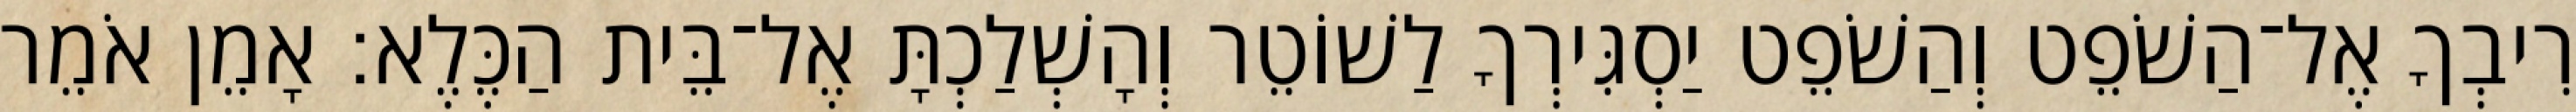
רִיבְךָ אֶל־הַשֹׁפֵט וְהַשֹׁפֵט יַסְגִּירְךָ לַשׁוֹטֵר וְהָשְׁלַכְתָּ אֶל־בֵּית הַכֶּלֶא׃ אָמֵן אֹמֵר